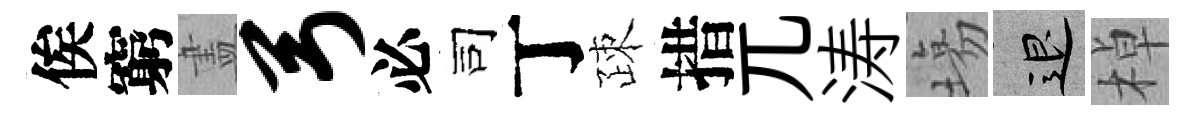
俟窮𥁞弓必司丁疎措兀涛塲退棹